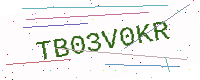
Text: TB03V0KR